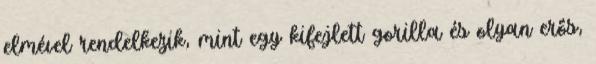
elmével rendelkezik, mint egy kifejlett gorilla és olyan erős,